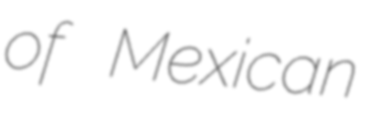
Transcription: of Mexican